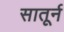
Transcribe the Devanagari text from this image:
सातूर्न